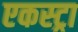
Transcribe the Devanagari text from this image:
एकस्ट्रा